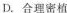
D.合理密植